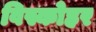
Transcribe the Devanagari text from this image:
विस्कोहर